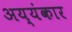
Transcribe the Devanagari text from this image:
अय्यंकार